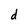
Character: d